Vaccination in Bombay 1874-1876 - 1874-1876
Year: 1874
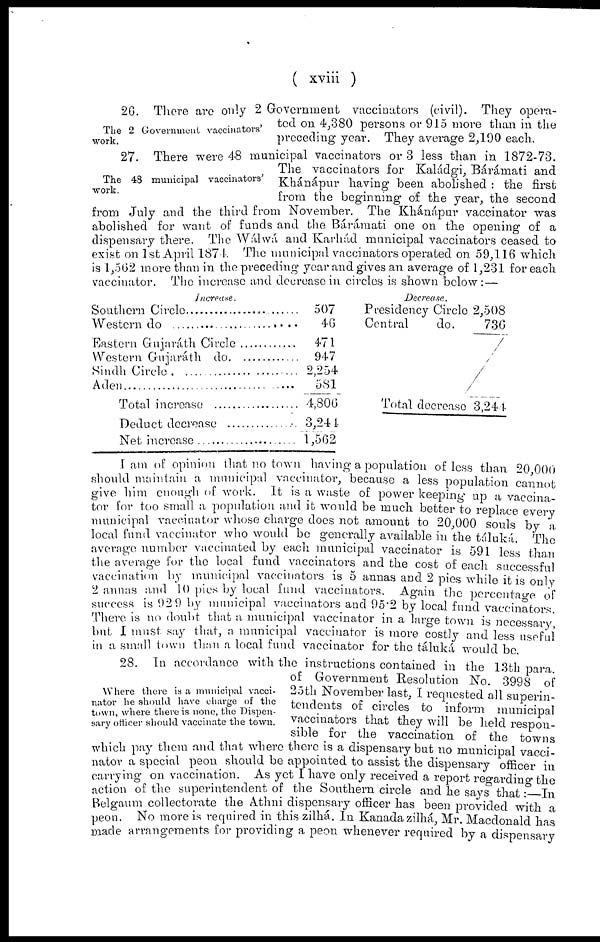
( xviii )
The 2 Government vaccinators'
work.
26. There are only 2 Government vaccinators (civil). They opera-
ted on 4,380 persons or 915 more than in the
preceding year. They average 2,190 each.
The 48 municipal vaccinators'
work.
27. There were 48 municipal vaccinators or 3 less than in 1872-73.
The vaccinators for Kaládgi, Bárámati and
Khánápur having been abolished : the first
from the beginning of the year, the second
from July and the third from November. The Khánápur vaccinator was
abolished for want of funds and the Bárámati one on the opening of a
dispensary there. The Wálwá and Karhád municipal vaccinators ceased to
exist on 1st April 1874. The municipal vaccinators operated on 59,116 which
is 1,562 more than in the preceding year and gives an average of 1,231 for each
vaccinator. The increase and decrease in circles is shown below: —
Increase.
Southern Circle..............................
Westorn do ....................................
Eastern Gujaráth Circle..................
Western Gujaráth do.....................
Sindh Circle.................................
Aden.............................................
Total increase.................................
Deduct decrease
Net increase .................................
507
46
471
947
2,254
581
4,806
3,241
1,562
Decrease.
Presidency Circle 2,508
Central
do.
736
Total decrease 3,244
I am of opinion that no town having a population of less than 20,000
should maintain a municipal vaccinator, because a less population cannot
give him enough of work. It is a waste of power keeping up a vaccina-
tor for too small a population and it would be much better to replace every
municipal vaccinator whose charge does not amount to 20,000 souls by a
local fund vaccinator who would be generally available in the táluká. The
average number vaccinated by each municipal vaccinator is 591 less than
the average for the local fund vaccinators and the cost of each successful
vaccination by municipal vaccinators is 5 annas and 2 pies while it is only
2 annas and 10 pies by local fund vaccinators. Again the percentage of
success is 92.9 by municipal vaccinators and 95.2 by local fund vaccinators
There is no doubt that a municipal vaccinator in a large town is necessary,
but I must say that, a municipal vaccinator is more costly and less useful
in a small town than a local fund vaccinator for the táluká would be.
Where there is a municipal vacci-
nator he should have charge of the
town, where there is none, the Dispen-
sary officer should vaccinate the town.
28. In accordance with the instructions contained in the 13th para.
of Government Resolution No. 3998 of
25th November last, I requested all superin-
tendents of circles to inform municipal
vaccinators that they will be held respon-
sible for the vaccination of the towns
which pay them and that where there is a dispensary but no municipal vacci-
nator a special peon should be appointed to assist the dispensary officer in
carrying on vaccination. As yet I have only received a report regarding the
action of the superintendent of the Southern circle and he says that:—In
Belgaum collectorate the Athni dispensary officer has been provided with a
peon. No more is required in this zilhá. In Kanada zilhá, Mr. Macdonald has
made arrangements for providing a peon whenever required by a dispensary